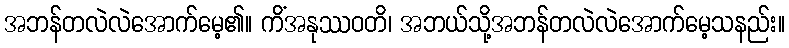
အဘန်တလဲလဲအောက်မေ့၏။ ကိံအနုဿဝတိ၊ အဘယ်သို့အဘန်တလဲလဲအောက်မေ့သနည်း။